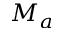
M _ { a }